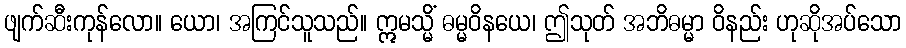
ဖျက်ဆီးကုန်လော။ ယော၊ အကြင်သူသည်။ ဣမသ္မိံ ဓမ္မဝိနယေ၊ ဤသုတ် အဘိဓမ္မာ ဝိနည်း ဟုဆိုအပ်သော